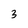
Character: 3